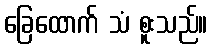
ခြေထောက် သံ စူးသည်။